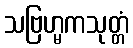
သဗြဟ္မကသုတ္တံ